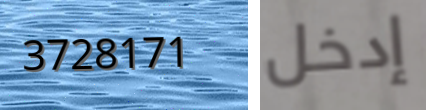
3728171 إدخل